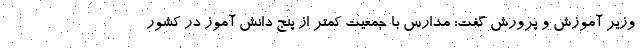
وزیر آموزش و پرورش گفت: مدارس با جمعیت کمتر از پنج دانش آموز در کشور